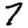
Digit: 7